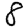
Digit: 8